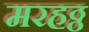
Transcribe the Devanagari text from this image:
मरहठ्ठ